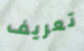
تعريف